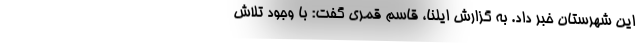
این شهرستان خبر داد. به گزارش ایلنا، قاسم قمری گفت: با وجود تلاش